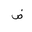
Letter: _dad